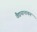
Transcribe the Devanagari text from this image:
वैद्ययानाथन